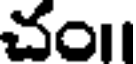
చం।।